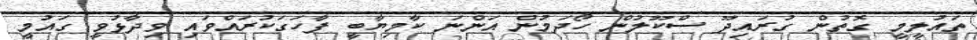
ތައުލީމީ ގޮތުން ގުރައިދޫ ސްކޫލުން ހޯދަމުން އަންނަ ކާމިޔާބީ ފާހަގަކުރައްވައި ވިދާޅުވީ ގައުމީ